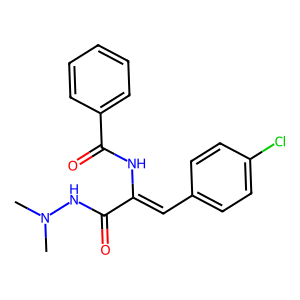
SMILES: CN(C)NC(=O)C(=Cc1ccc(Cl)cc1)NC(=O)c1ccccc1
Inhibits HIV replication: No